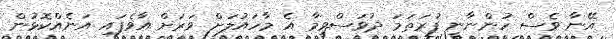
އޭނާ ވެސް ހުންނާނީ ފުރަތަމަ ދުވަސްވީމާ އެ މާހައުލަށް ވަރަށް އާވެފައި އަނެއްކޮޅުން